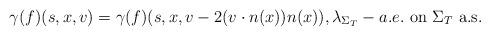
LaTeX: \begin{align*}\gamma(f)(s,x,v)=\gamma(f)(s,x,v-2(v\cdot n(x))n(x)),\lambda_{\Sigma_T}-a.e. \mbox{ on } \Sigma_T\mbox{ a.s.}\end{align*}